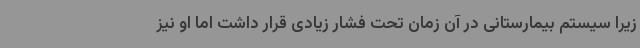
زیرا سیستم بیمارستانی در آن زمان تحت فشار زیادی قرار داشت اما او نیز